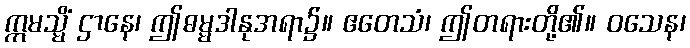
ဣမသ္မိံ ဌာနေ၊ ဤဓမ္မဒါနုအရာ၌။ ဧတေသံ၊ ဤတရားတို့၏။ ဝသေန၊